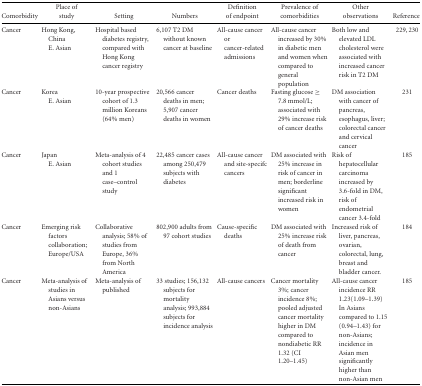
<table><thead><tr><td></td><td><b>Place of</b></td><td></td><td></td><td><b>Definition</b></td><td><b>Prevalence of</b></td><td><b>Other</b></td><td></td></tr><tr><td><b>Comorbidity</b></td><td><b>study</b></td><td><b>Setting</b></td><td><b>Numbers</b></td><td><b>of endpoint</b></td><td><b>comorbidities</b></td><td><b>observations</b></td><td><b>Reference</b></td></tr></thead><tbody><tr><td>Cancer</td><td>Hong Kong, China E. Asian</td><td>Hospital based diabetes registry, compared with Hong Kong cancer registry</td><td>6,107 T2 DM without known cancer at baseline</td><td>All-cause cancer or cancer-related admissions</td><td>All-cause cancer increased by 30% in diabetic men and women when compared to general population</td><td>Both low and elevated LDL cholesterol were associated with increased cancer risk in T2 DM</td><td>229, 230</td></tr><tr><td>Cancer</td><td>Korea E. Asian</td><td>10-year prospective cohort of 1.3 million Koreans (64% men)</td><td>20,566 cancer deaths in men; 5,907 cancer deaths in women</td><td>Cancer deaths</td><td>Fasting glucose ≥ 7.8 mmol/L; associated with 29% increase risk of cancer deaths</td><td>DM association with cancer of pancreas, esophagus, liver; colorectal cancer and cervical cancer</td><td>231</td></tr><tr><td>Cancer</td><td>Japan E. Asian</td><td>Meta-analysis of 4 cohort studies and 1 case–control study</td><td>22,485 cancer cases among 250,479 subjects with diabetes</td><td>All-cause cancer and site-specifc cancers</td><td>DM associated with 25% increase in risk of cancer in men; borderline significant increased risk in women</td><td>Risk of hepatocellular carcinoma increased by 3.6-fold in DM, risk of endometrial cancer 3.4-fold</td><td>185</td></tr><tr><td>Cancer</td><td>Emerging risk factors collaboration; Europe/USA</td><td>Collaborative analysis; 58% of studies from Europe, 36% from North America</td><td>802,900 adults from 97 cohort studies</td><td>Cause-specific deaths</td><td>DM associated with 25% increase risk of death from cancer</td><td>Increased risk of liver, pancreas, ovarian, colorectal, lung, breast and bladder cancer.</td><td>184</td></tr><tr><td>Cancer</td><td>Meta-analysis of studies in Asians versus non-Asians</td><td>Meta-analysis of published</td><td>33 studies; 156,132 subjects for mortality analysis; 993,884 subjects for incidence analysis</td><td>All-cause cancers</td><td>Cancer mortality 3%; cancer incidence 8%; pooled adjusted cancer mortality higher in DM compared to nondiabetic RR 1.32 (CI 1.20–1.45)</td><td>All-cause cancer incidence RR 1.23(1.09–1.39) In Asians compared to 1.15 (0.94–1.43) for non-Asians; incidence in Asian men significantly higher than non-Asian men</td><td>185</td></tr></tbody></table>